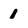
Character: 1